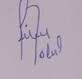
Signature authenticity: forged